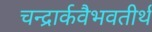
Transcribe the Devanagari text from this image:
चन्द्रार्कवैभवतीर्थ